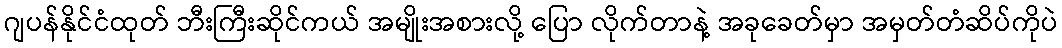
ဂျပန်နိုင်ငံထုတ် ဘီးကြီးဆိုင်ကယ် အမျိုးအစားလို့ ပြော လိုက်တာနဲ့ အခုခေတ်မှာ အမှတ်တံဆိပ်ကိုပဲ